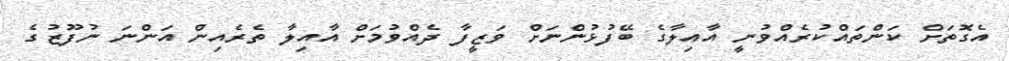
އެގޮތަށް ކަންތައްކުރެއްވުނީ އާއިލާގެ ބޭފުޅުންނަށް ވަޒީފާ ދެއްވުމަށް އާއިލާ ތެރެއިން އަންނަ ނުފޫޒުގެ